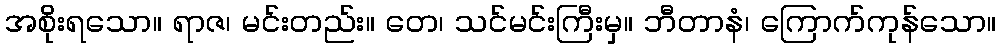
အစိုးရသော။ ရာဇ၊ မင်းတည်း။ တေ၊ သင်မင်းကြီးမှ။ ဘီတာနံ၊ ကြောက်ကုန်သော။